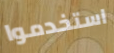
استخدموا